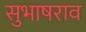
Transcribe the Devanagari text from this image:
सुभाषराव